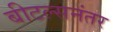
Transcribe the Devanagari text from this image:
बीटल्सनंतर